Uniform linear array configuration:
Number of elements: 8
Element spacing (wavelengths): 1
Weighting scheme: cosine
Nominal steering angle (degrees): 60
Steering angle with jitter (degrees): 58.293
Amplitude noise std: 0.05
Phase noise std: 0.05

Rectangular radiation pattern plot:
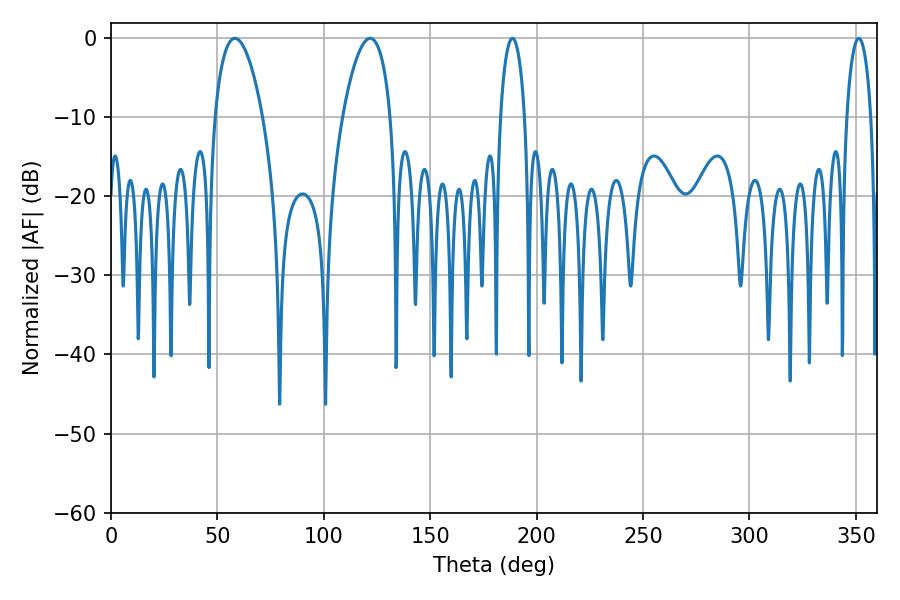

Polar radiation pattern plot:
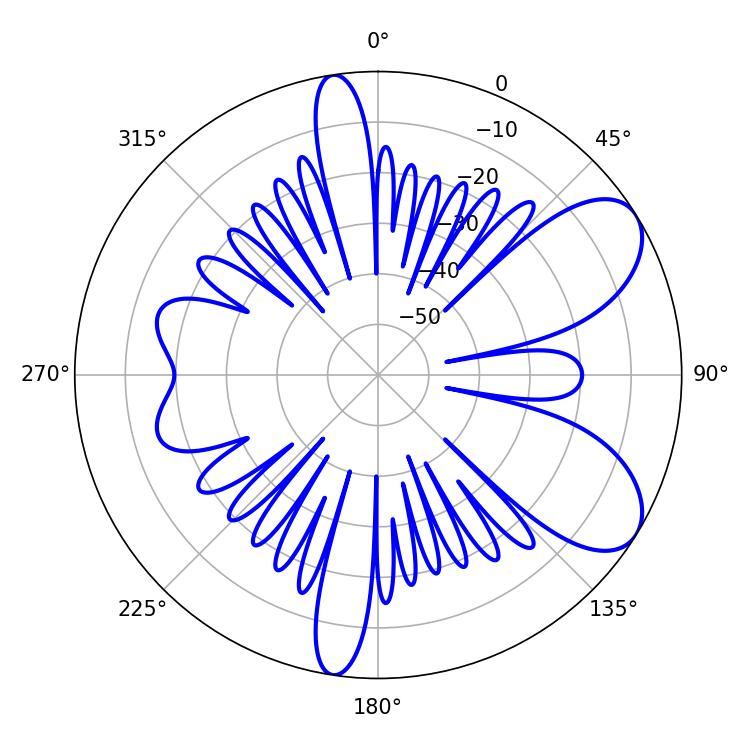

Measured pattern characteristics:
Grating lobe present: TRUE
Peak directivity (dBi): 7.627
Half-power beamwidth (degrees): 6.48
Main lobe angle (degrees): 188.64